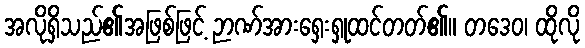
အလိုရှိသည်၏အဖြစ်ဖြင့် ဉာဏ်အားရှေးရှုထင်တတ်၏။ တဒေဝ၊ ထိုလို